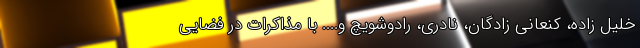
خلیل زاده، کنعانی زادگان، نادری، رادوشویچ و.... با مذاکرات در فضایی